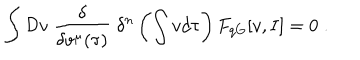
LaTeX: \int { \cal D } v \; \frac { \delta } { \delta v ^ { \mu } ( \tau ) } \; \delta ^ { n } \left( \int v d \tau \right) F _ { q G } [ v , I ] = 0 \; .